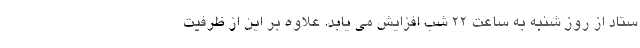
ستاد از روز شنبه به ساعت ۲۲ شب افزایش می یابد. علاوه بر این از ظرفیت